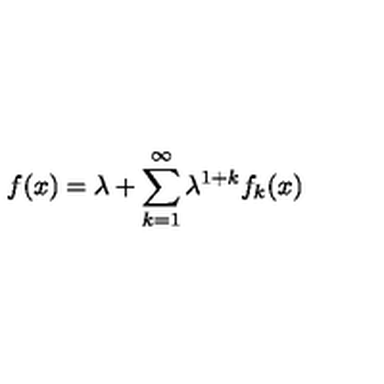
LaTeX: f ( x ) = \lambda + \sum _ { k = 1 } ^ { \infty } \lambda ^ { 1 + k } f _ { k } ( x )